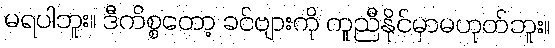
မရပါဘူး။ ဒီကိစ္စတော့ ခင်ဗျားကို ကူညီနိုင်မှာမဟုတ်ဘူး။